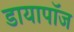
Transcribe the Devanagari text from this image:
डायापॉज